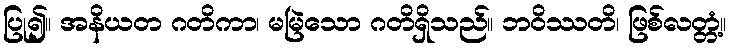
ပြု၍။ အနိယတ ဂတိကာ၊ မမြဲသော ဂတိရှိသည်။ ဘဝိဿတိ၊ ဖြစ်လတ္တံ့။